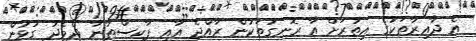
އެ ދާއިރާތަކުގެ އިތުރަށް އާ ރޮނގުތަކުން ރާއްޖެ އާއި ޕާކިސްތާނާ ދެމެދު ގުޅުން